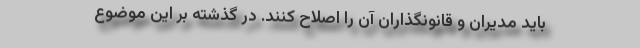
باید مدیران و قانونگذاران آن را اصلاح کنند. در گذشته بر این موضوع